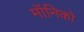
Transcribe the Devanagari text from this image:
मॉनिको